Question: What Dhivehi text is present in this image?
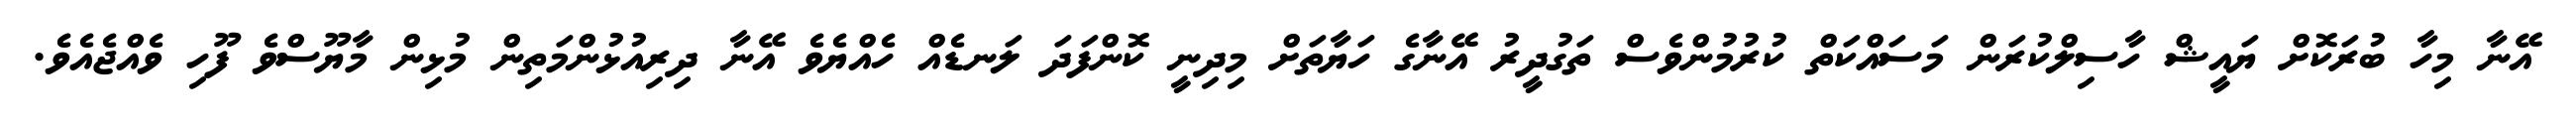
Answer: އޭނާ މިހާ ބުރަކޮށް ޔައީޝް ހާސިލްކުރަން މަސައްކަތް ކުރުމުންވެސް ތަގުދީރު އޭނާގެ ހަޔާތަށް މިދިނީ ކޮންފަދަ ލަނޑެއް ހެއްޔެވެ އޭނާ ދިރިއުޅުންމަތިން މުޅިން މާޔޫސްވެ ފޫހި ވެއްޖެއެވެ.